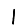
Digit: 1